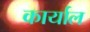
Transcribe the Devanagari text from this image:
कार्याल